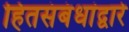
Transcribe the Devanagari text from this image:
हितसंबंधांद्वारे